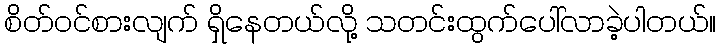
စိတ်ဝင်စားလျက် ရှိနေတယ်လို့ သတင်းထွက်ပေါ်လာခဲ့ပါတယ်။